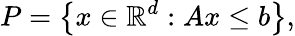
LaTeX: P=\left\{ x\in\mathbb{R}^{d}:Ax\leq b\right\} ,